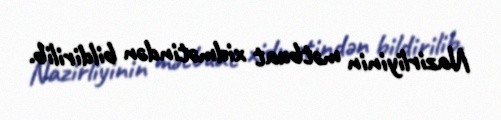
Nazirliyinin mətbuat xidmətindən bildirilib.